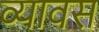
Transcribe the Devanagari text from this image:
व्यावस